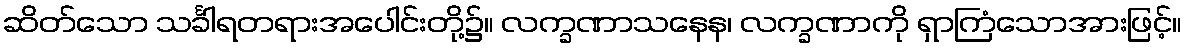
ဆိတ်သော သင်္ခါရတရားအပေါင်းတို့၌။ လက္ခဏာသနေန၊ လက္ခဏာကို ရှာကြံသောအားဖြင့်။